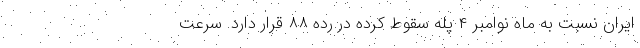
ایران نسبت به ماه نوامبر ۴ پله سقوط کرده در رده ۸۸ قرار دارد. سرعت